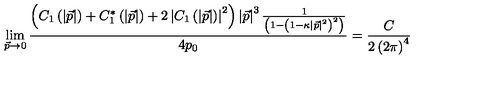
\lim _ { \vec { p } \rightarrow 0 } \frac { \left( C _ { 1 } \left( \left| \vec { p } \right| \right) + C _ { 1 } ^ { * } \left( \left| \vec { p } \right| \right) + 2 \left| C _ { 1 } \left( \left| \vec { p } \right| \right) \right| ^ { 2 } \right) \left| \vec { p } \right| ^ { 3 } \frac 1 { \left( 1 - \left( 1 - \kappa \left| \vec { p } \right| ^ { 2 } \right) ^ { 2 } \right) } } { 4 p _ { 0 } } = \frac C { 2 \left( 2 \pi \right) ^ { 4 } }